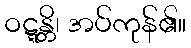
ဝဋ္ဋန္တိ၊ အပ်ကုန်၏။